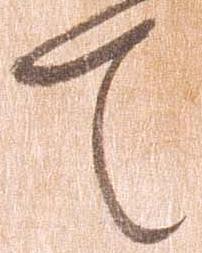
て